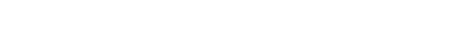
အချိန်အခါဝယ် သင်္ဂါယနာတင်ခြင်း စသည်ဖြင့် ထထကြွကြွ ရှိကြ၍လည်းကောင်း